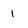
Character: 1